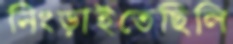
নিংড়াইতেছিলি